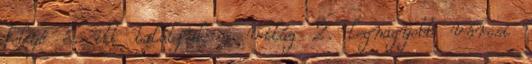
folyó és itt találjuk a világ 2. legnagyobb városi